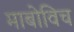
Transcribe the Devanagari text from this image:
माबोविच